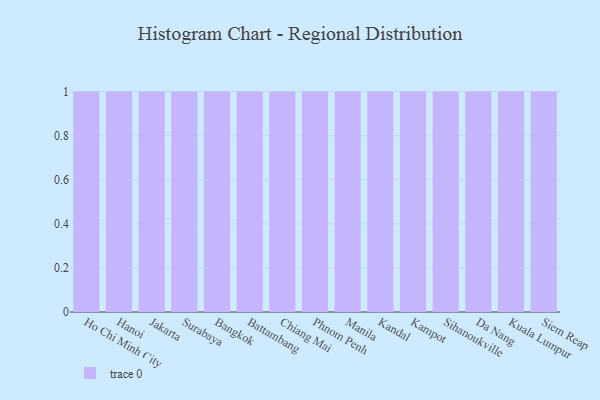
{"axis": {"x": "City", "y": "Population (Million)"}, "legend": [""], "data": [{"x": "Ho Chi Minh City", "y": 68, "type": ""}, {"x": "Hanoi", "y": 76, "type": ""}, {"x": "Jakarta", "y": 9, "type": ""}, {"x": "Surabaya", "y": 30, "type": ""}, {"x": "Bangkok", "y": 65, "type": ""}, {"x": "Battambang", "y": 6, "type": ""}, {"x": "Chiang Mai", "y": 68, "type": ""}, {"x": "Phnom Penh", "y": 14, "type": ""}, {"x": "Manila", "y": 83, "type": ""}, {"x": "Kandal", "y": 84, "type": ""}, {"x": "Kampot", "y": 27, "type": ""}, {"x": "Sihanoukville", "y": 21, "type": ""}, {"x": "Da Nang", "y": 15, "type": ""}, {"x": "Kuala Lumpur", "y": 17, "type": ""}, {"x": "Siem Reap", "y": 15, "type": ""}]}